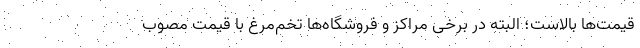
قیمت‌ها بالاست؛ البته در برخی مراکز و فروشگاه‌ها تخم‌مرغ با قیمت مصوب